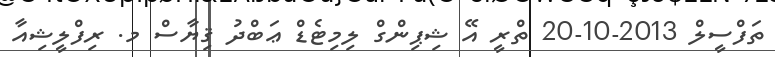
ތަފްސީލް 2013-10-20 ތްރީ އޭ ޝިޕިންގް ލިމިޓެޑް ޢަބްދު ޤިޔާސް މ. ރިފްލީޝިއާ